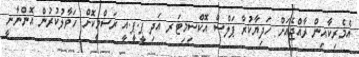
އެމެރިކާއިން ރާއްޖެއަށް ހަދިޔާކުރާ ޕަލްސް އޮކްސިމިޓަރ އަދި ޕީ.ޕީ.އީ ރަސްމީކޮށް ހަވާލުކުރުން އޮންނާނީ